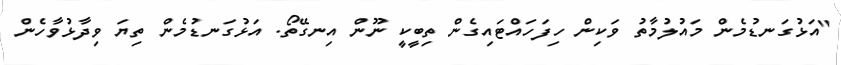
"އަޅުގަނޑުމެން މައުލުމާތު ވަކިން ހިފަހައްޓައިގެން ތިބީކީ ނޫން އިނގޭތޯ. އަޅުގަނޑުމެން ތިޔަ ވިދާޅުވާހެން